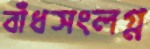
বাঁধসংলগ্ন